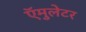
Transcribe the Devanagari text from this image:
ऍमुलेटर